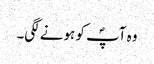
وہ آپؐ کو ہونے لگی۔